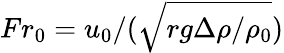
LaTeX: Fr_{0}=u_{0}/(\sqrt{rg\Delta\rho/\rho_{0}})